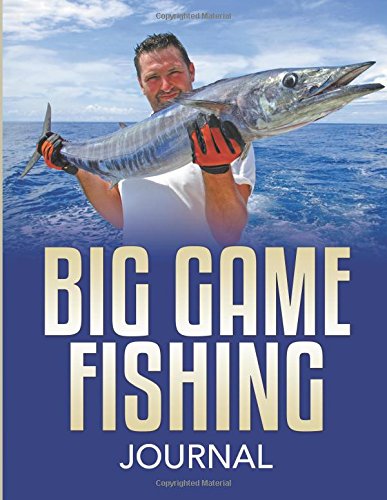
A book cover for Big Game Fishing Journal; Speedy Publishing LLC; Literature & Fiction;